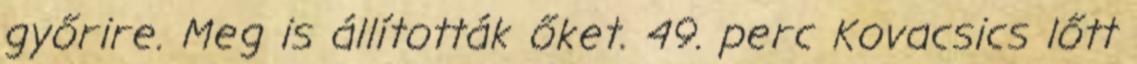
győrire. Meg is állították őket. 49. perc Kovacsics lőtt